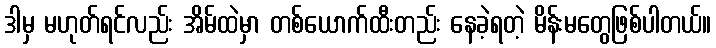
ဒါမှ မဟုတ်ရင်လည်း အိမ်ထဲမှာ တစ်ယောက်ထီးတည်း နေခဲ့ရတဲ့ မိန်းမတွေဖြစ်ပါတယ်။